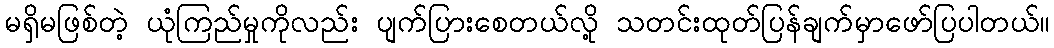
မရှိမဖြစ်တဲ့ ယုံကြည်မှုကိုလည်း ပျက်ပြားစေတယ်လို့ သတင်းထုတ်ပြန်ချက်မှာဖော်ပြပါတယ်။